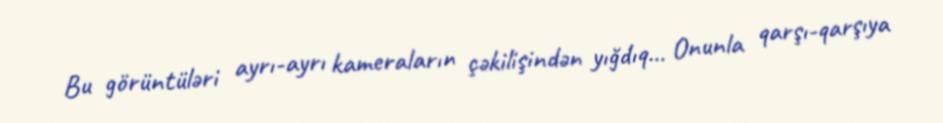
Bu görüntüləri ayrı-ayrı kameraların çəkilişindən yığdıq… Onunla qarşı-qarşıya